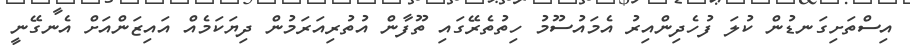
އިސްތަށިގަނޑުން ކުލަ ފުހެދިންއިރު އެމައުސޫމު ހިތުތެރޭގައި ތޫފާން އުތުރިއަރަމުން ދިޔަކަމެއް އައިޒަންއަށް އެނގޭނީ